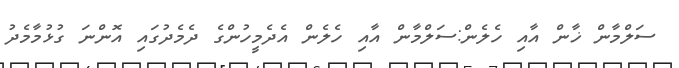
ސަލްމާން ޚާން އާއި ހެލެން:ސަލްމާން އާއި ހެލެން އެދެމީހުންގެ ދެމެދުގައި އޮންނަ ގުޅުމާމެދު